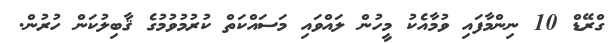
ގްރޭޑް 10 ނިންމާފައި ވުމާއެކު މީހުން ލައްވައި މަސައްކަތް ކުރުމުވުމުގެ ޤާބިލުކަން ހުރުން.